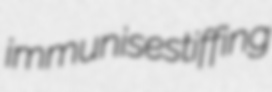
immunises tiffing